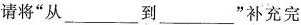
请将”从___到___”补充完